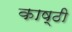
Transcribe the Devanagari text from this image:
काष्ठी